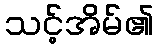
သင့်အိမ်၏